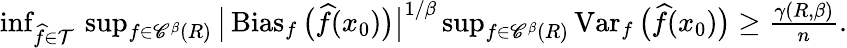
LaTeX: \begin{array}{r}{\operatorname*{inf}_{\widehat f\in{\mathcal T}}\, \operatorname*{sup}_{f\in{\mathscr C}^{\beta}(R)}\big|\operatorname{Bias}_{f}\big(\widehat f(x_{0})\big)\big|^{1/\beta}\operatorname*{sup}_{f\in{\mathscr C}^{\beta}(R)}\operatorname{Var}_{f}\big(\widehat f(x_{0})\big)\geq\frac{\gamma(R,\beta)}{n}.}\end{array}